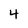
Character: 4